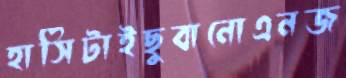
হাসিটাইছুবানোএনজ